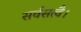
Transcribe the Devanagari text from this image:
सर्वसत्वै।